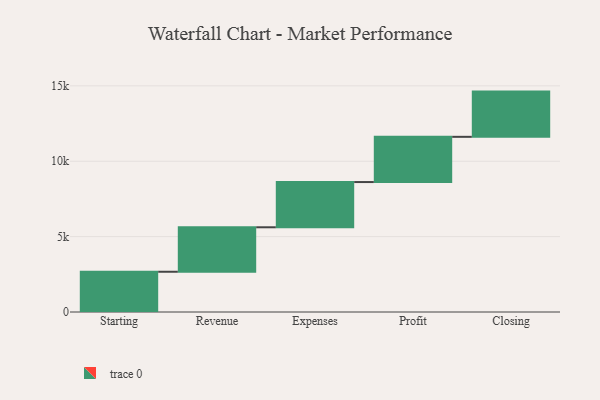
{"axis": {"x": "Step", "y": "Value"}, "legend": [""], "data": [{"x": "Starting", "y": 2670.0, "type": ""}, {"x": "Revenue", "y": 2950.0, "type": ""}, {"x": "Expenses", "y": 3000, "type": ""}, {"x": "Profit", "y": 3000, "type": ""}, {"x": "Closing", "y": 3000, "type": ""}]}